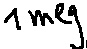
Text: 1meg